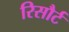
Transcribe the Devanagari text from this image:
रिसौर्ट